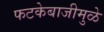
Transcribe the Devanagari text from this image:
फटकेबाजीमुळे